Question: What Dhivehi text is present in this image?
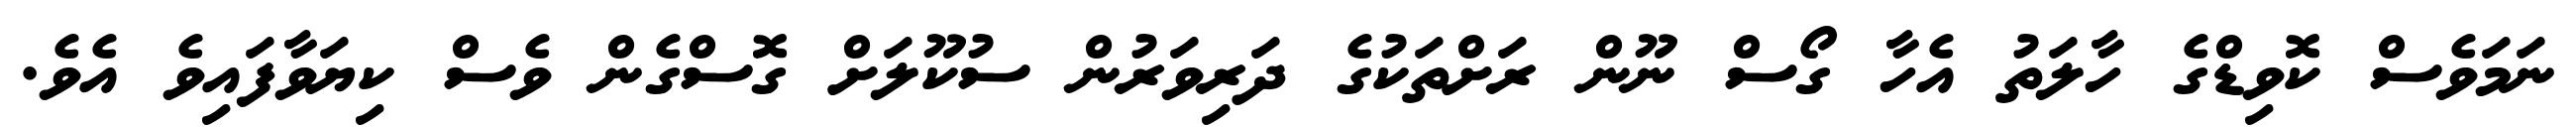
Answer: ނަމަވެސް ކޮވިޑްގެ ހާލަތު އެހާ ގޯސް ނޫން ރަށްތަކުގެ ދަރިވަރުން ސުކޫލަށް ގޮސްގެން ވެސް ކިޔަވާފައިވެ އެވެ.